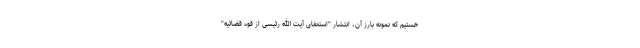
هستیم که نمونه بارز آن، انتشار "استعفای آیت الله رئیسی از قوه قضائیه"